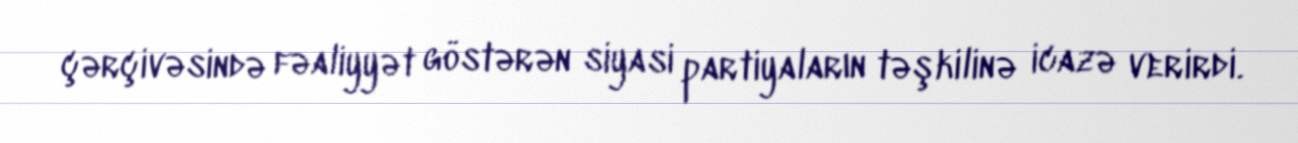
çərçivəsində fəaliyyət göstərən siyasi partiyaların təşkilinə icazə verirdi.